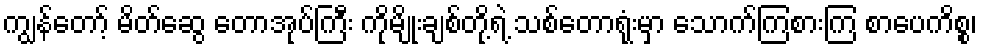
ကျွန်တော့် မိတ်ဆွေ တောအုပ်ကြီး ကိုမျိုးချစ်တို့ရဲ့ သစ်တောရုံးမှာ သောက်ကြစားကြ စာပေကိစ္စ၊